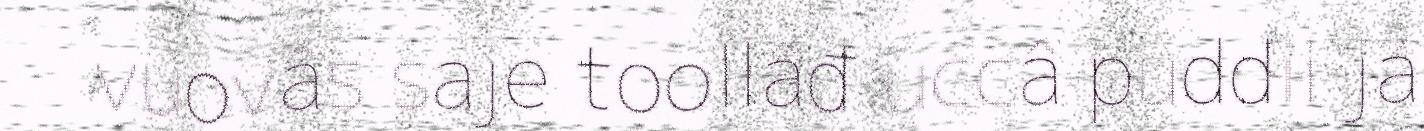
vuovâs saje toollâđ uccâ puddii já